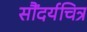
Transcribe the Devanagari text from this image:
सौंदर्यचित्र